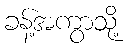
ခန့်အကွာသို့